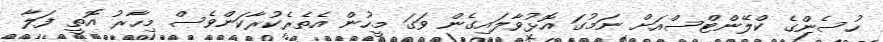
ހުސެންގެ ކްލޭންޓްސްއަށް ނަމުގަ އޮޅުވާލައިގެން ވަގަ މީހުން އެތެރެކުރާކަންވެސް މިހާރު އޮތީ ފަލާ